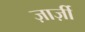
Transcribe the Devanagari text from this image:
ज़ार्ज़ी